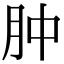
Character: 肿